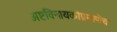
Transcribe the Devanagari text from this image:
अष्टविनायकांप्रमाणेच